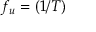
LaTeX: f _ { u } = ( 1 / T )